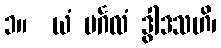
၁။  ယံ မင်္ဂလံ ဒွါဒသဟိ၊